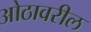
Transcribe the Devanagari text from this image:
ओठावरील